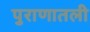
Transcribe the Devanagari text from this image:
पुराणातली